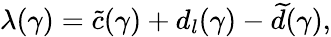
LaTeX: \lambda(\gamma)=\widetilde c(\gamma)+d_{l}(\gamma)-\widetilde d(\gamma),